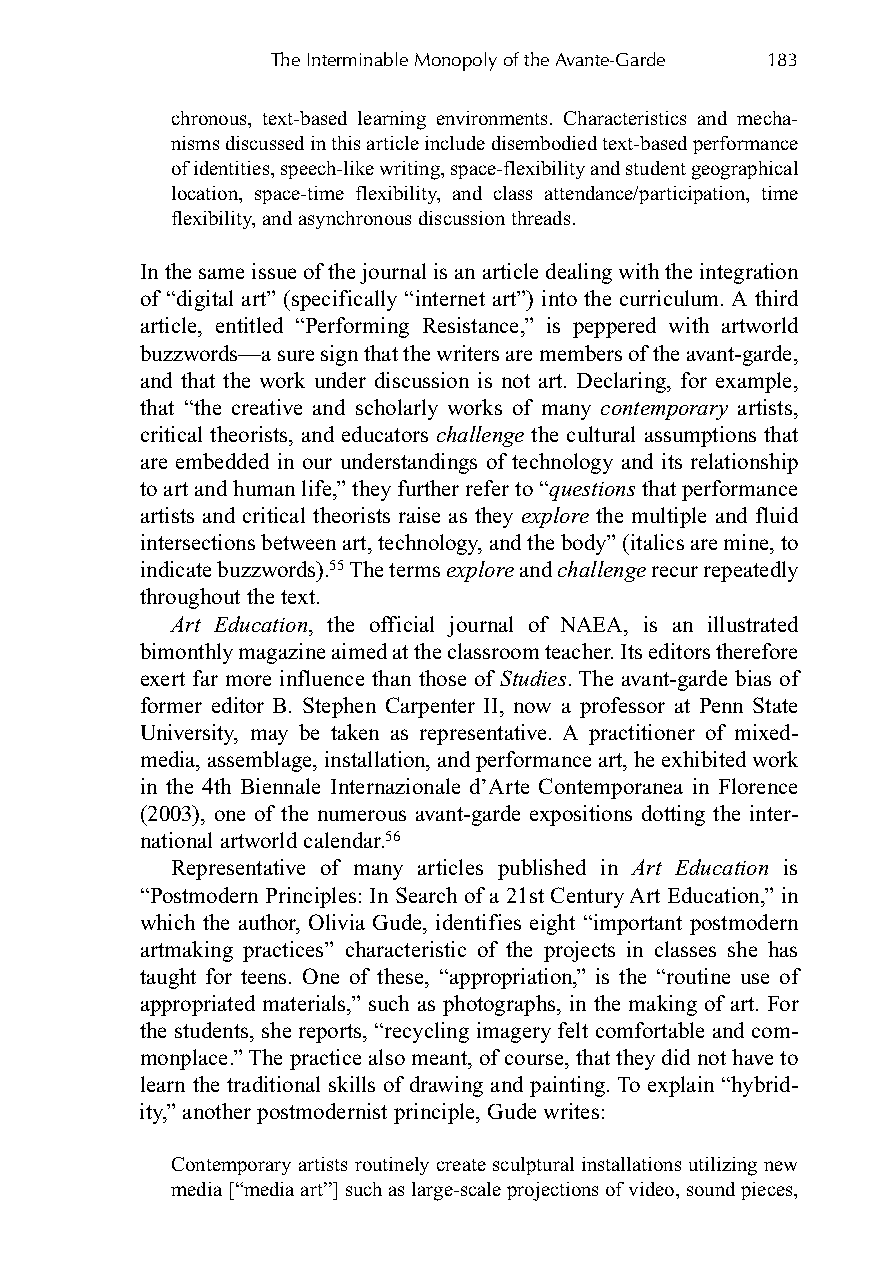
The Interminable Monopoly of the Avante-Garde 183
 chronous, text-based learning environments. Characteristics and mecha-
 nisms discussed in this article include disembodied text-based performance
 of identities, speech-like writing, space-flexibility and student geographical
 location, space-time flexibility, and class attendance/participation, time
 flexibility, and asynchronous discussion threads.
 In the same issue of the journal is an article dealing with the integration
 of “digital art” (specifically “internet art”) into the curriculum. A third
 article, entitled “Performing Resistance,” is peppered with artworld
 buzzwords—a sure sign that the writers are members of the avant-garde,
 and that the work under discussion is not art. Declaring, for example,
 that “the creative and scholarly works of many contemporary artists,
 critical theorists, and educators challenge the cultural assumptions that
 are embedded in our understandings of technology and its relationship
 to art and human life,” they further refer to “questionsthat performance
 artists and critical theorists raise as they explore the multiple and fluid
 intersections between art, technology, and the body” (italics are mine, to
 indicate buzzwords).55The terms explore and challenge recur repeatedly
 throughout the text.
 Art Education, the official journal of NAEA, is an illustrated
 bimonthly magazine aimed at the classroom teacher. Its editors therefore
 exert far more influence than those of Studies. The avant-garde bias of
 former editor B. Stephen Carpenter II, now a professor at Penn State
 University, may be taken as representative. A practitioner of mixed-
 media, assemblage, installation, and performance art, he exhibited work
 in the 4th Biennale Internazionale d’Arte Contemporanea in Florence
 (2003), one of the numerous avant-garde expositions dotting the inter-
 national artworld calendar.56
 Representative of many articles published in Art Education is
 “Postmodern Principles: In Search of a 21st Century Art Education,” in
 which the author, Olivia Gude, identifies eight “important postmodern
 artmaking practices” characteristic of the projects in classes she has
 taught for teens. One of these, “appropriation,” is the “routine use of
 appropriated materials,” such as photographs, in the making of art. For
 the students, she reports, “recycling imagery felt comfortable and com-
 monplace.” The practice also meant, of course, that they did not have to
 learn the traditional skills of drawing and painting. To explain “hybrid-
 ity,” another postmodernist principle, Gude writes:
 Contemporary artists routinely create sculptural installations utilizing new
 media [“media art”] such as large-scale projections of video, sound pieces,